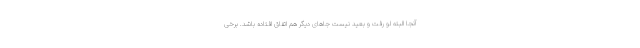
آنجا البته لو رفت و بعید نیست جاهای دیگر هم اتفاق افتاده باشد. برخی